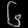
Digit: ၆